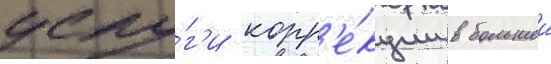
услу́г'и корр'е́кции в большеи